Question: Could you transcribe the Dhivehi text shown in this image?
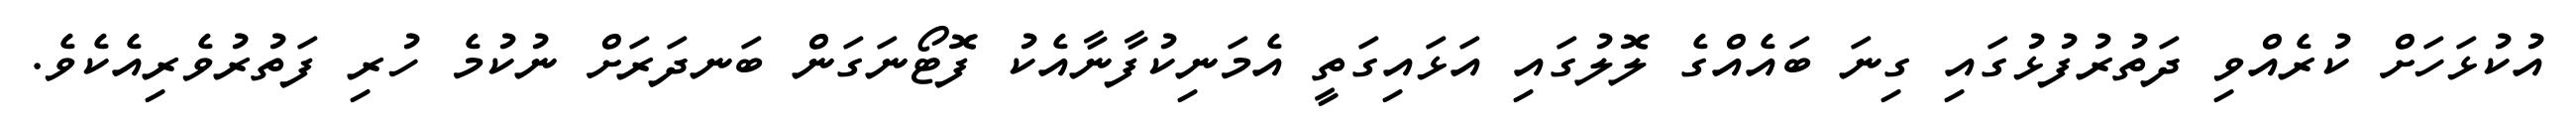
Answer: އުކުޅަހަށް ކުރެއްވި ދަތުރުފުޅުގައި ގިނަ ބައެއްގެ ލޮލުގައި އަޅައިގަތީ އެމަނިކުފާނާއެކު ފޮޓޯނަގަން ބަނދަރަށް ނުކުމެ ހުރި ފަތުރުވެރިއެކެވެ.